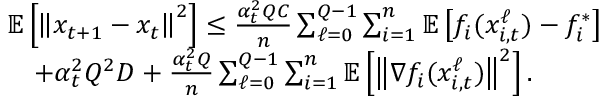
\begin{array} { r l } & { \mathbb { E } \left[ \left\Vert x _ { t + 1 } - x _ { t } \right\Vert ^ { 2 } \right] \leq \frac { \alpha _ { t } ^ { 2 } Q C } { n } \sum _ { \ell = 0 } ^ { Q - 1 } \sum _ { i = 1 } ^ { n } \mathbb { E } \left[ f _ { i } ( x _ { i , t } ^ { \ell } ) - f _ { i } ^ { * } \right] } \\ & { \quad + \alpha _ { t } ^ { 2 } Q ^ { 2 } D + \frac { \alpha _ { t } ^ { 2 } Q } { n } \sum _ { \ell = 0 } ^ { Q - 1 } \sum _ { i = 1 } ^ { n } \mathbb { E } \left[ \left\Vert \nabla f _ { i } ( x _ { i , t } ^ { \ell } ) \right\Vert ^ { 2 } \right] . } \end{array}